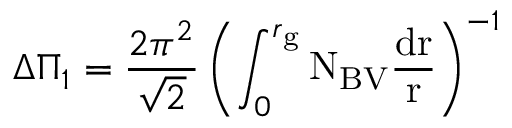
\Delta \Pi _ { 1 } = \frac { 2 \pi ^ { 2 } } { \sqrt 2 } \left( \int _ { 0 } ^ { r _ { \mathrm { g } } } \mathrm { N _ { \mathrm { B V } } \frac { d r } { r } } \right) ^ { - 1 }